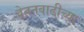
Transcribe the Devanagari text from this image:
वेतनवाढीच्या